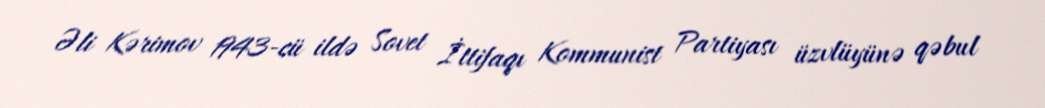
Əli Kərimov 1943-cü ildə Sovet İttifaqı Kommunist Partiyası üzvlüyünə qəbul